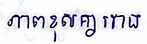
ភាពខុសគ្នារវាង